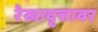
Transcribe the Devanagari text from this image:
रेखावृत्तावर